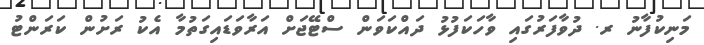
މަނިކުފާނު ރ. ދުވާފަރުގައި ވާހަކަފުޅު ދައްކަވަން ސްޓޭޖަށް އަރާވަޑައިގަތުމާ އެކު ރަށުން ކަރަންޓު